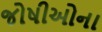
જોષીઓના